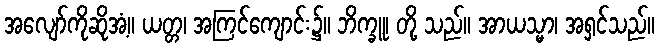
အလျော်ကိုဆိုအံ့။ ယတ္တ၊ အကြင်ကျောင်း၌။ ဘိက္ခူ၊ တို့ သည်။ အာယသ္မာ၊ အရှင်သည်။